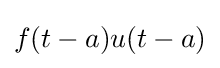
f(t-a)u(t-a)